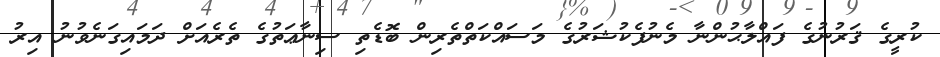
ކުރީގެ ޤަރުނުގެ ފައްލާޙުންނާ މެނުފެކުޝަރުގެ މަސައްކަތްތެރިން ބޮޑެތި ސިނާޢަތުގެ ތެރެއަށް ދަމައިގަނެވުނު އިރު